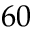
6 0